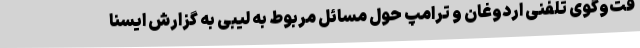
فت‌وگوی تلفنی اردوغان و ترامپ حول مسائل مربوط به لیبی به گزارش ایسنا